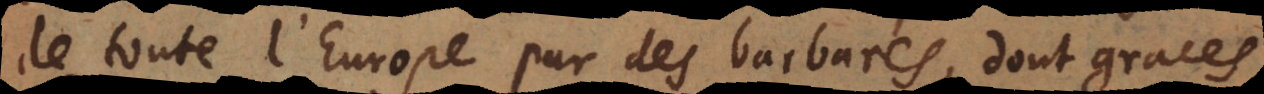
de toute l’Europe par des barbares, dont graces